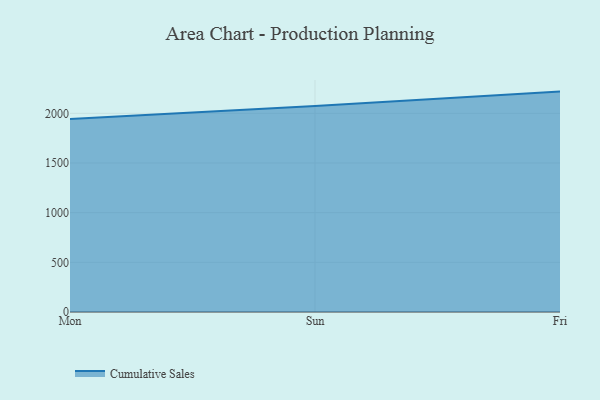
{"axis": {"x": "Day", "y": "Latency (ms)"}, "legend": ["Cumulative Sales"], "data": [{"x": "Mon", "y": 1943.8, "type": "Cumulative Sales"}, {"x": "Sun", "y": 2073.0, "type": "Cumulative Sales"}, {"x": "Fri", "y": 2218.8, "type": "Cumulative Sales"}]}